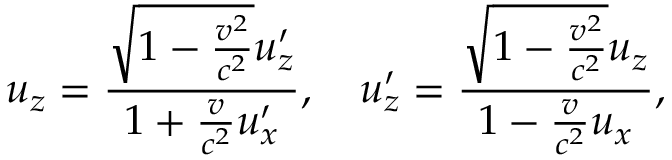
u _ { z } = { \frac { { \sqrt { 1 - { \frac { v ^ { 2 } } { c ^ { 2 } } } } } u _ { z } ^ { \prime } } { 1 + { \frac { v } { c ^ { 2 } } } u _ { x } ^ { \prime } } } , \quad u _ { z } ^ { \prime } = { \frac { { \sqrt { 1 - { \frac { v ^ { 2 } } { c ^ { 2 } } } } } u _ { z } } { 1 - { \frac { v } { c ^ { 2 } } } u _ { x } } } ,